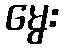
မွေး